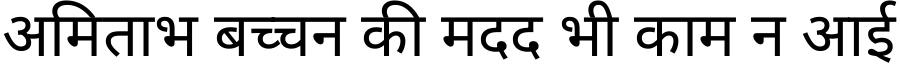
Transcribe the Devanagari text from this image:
अमिताभ बच्चन की मदद भी काम न आई